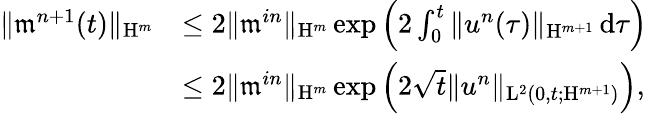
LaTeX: \begin{array}{rl}{\Vert\mathfrak{m}^{n+1}(t)\Vert_{\mathrm{H}^{m}}}&{\leq 2\Vert\mathfrak{m}^{in}\Vert_{\mathrm{H}^{m}}\exp\left(2\int_{0}^{t}\Vert u^{n}(\tau)\Vert_{\mathrm{H}^{m+1}}\, \mathrm{d}\tau\right)}\\ &{\leq 2\Vert\mathfrak{m}^{in}\Vert_{\mathrm{H}^{m}}\exp\left(2\sqrt{t}\Vert u^{n}\Vert_{\mathrm{L}^{2}(0,t;\mathrm{H}^{m+1})}\right),}\end{array}